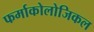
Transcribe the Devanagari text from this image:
फर्माकोलोजिकल